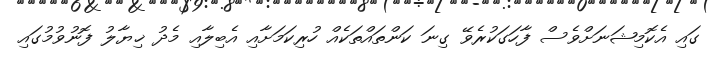
ގައި އެކޮމިޝަނަށްވެސް ފާހަގަކުރެވޭ ގިނަ ކަންތައްތަކެއް ހުރިކަމަށާއި އެބިލާއި މެދު ޚިޔާލު ފޮނުވުމުގައި